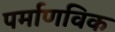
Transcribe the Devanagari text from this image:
पर्माणविक